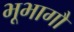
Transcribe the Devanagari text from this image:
भूभागौं